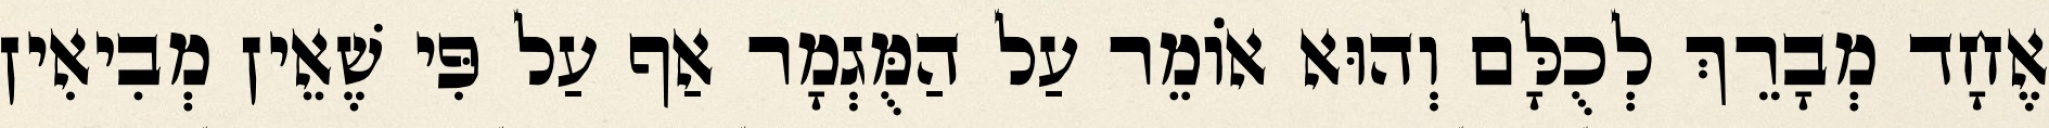
אֶחָד מְבָרֵךְ לְכֻלָּם וְהוּא אוֹמֵר עַל הַמֻּגְמָר אַף עַל פִּי שֶׁאֵין מְבִיאִין